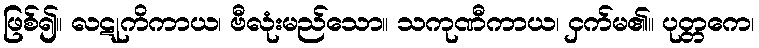
ဖြစ်၍။ လဋုကိကာယ၊ ဗီလုံးမည်သော။ သကုဏီကာယ၊ ငှက်မ၏။ ပုတ္တကေ၊